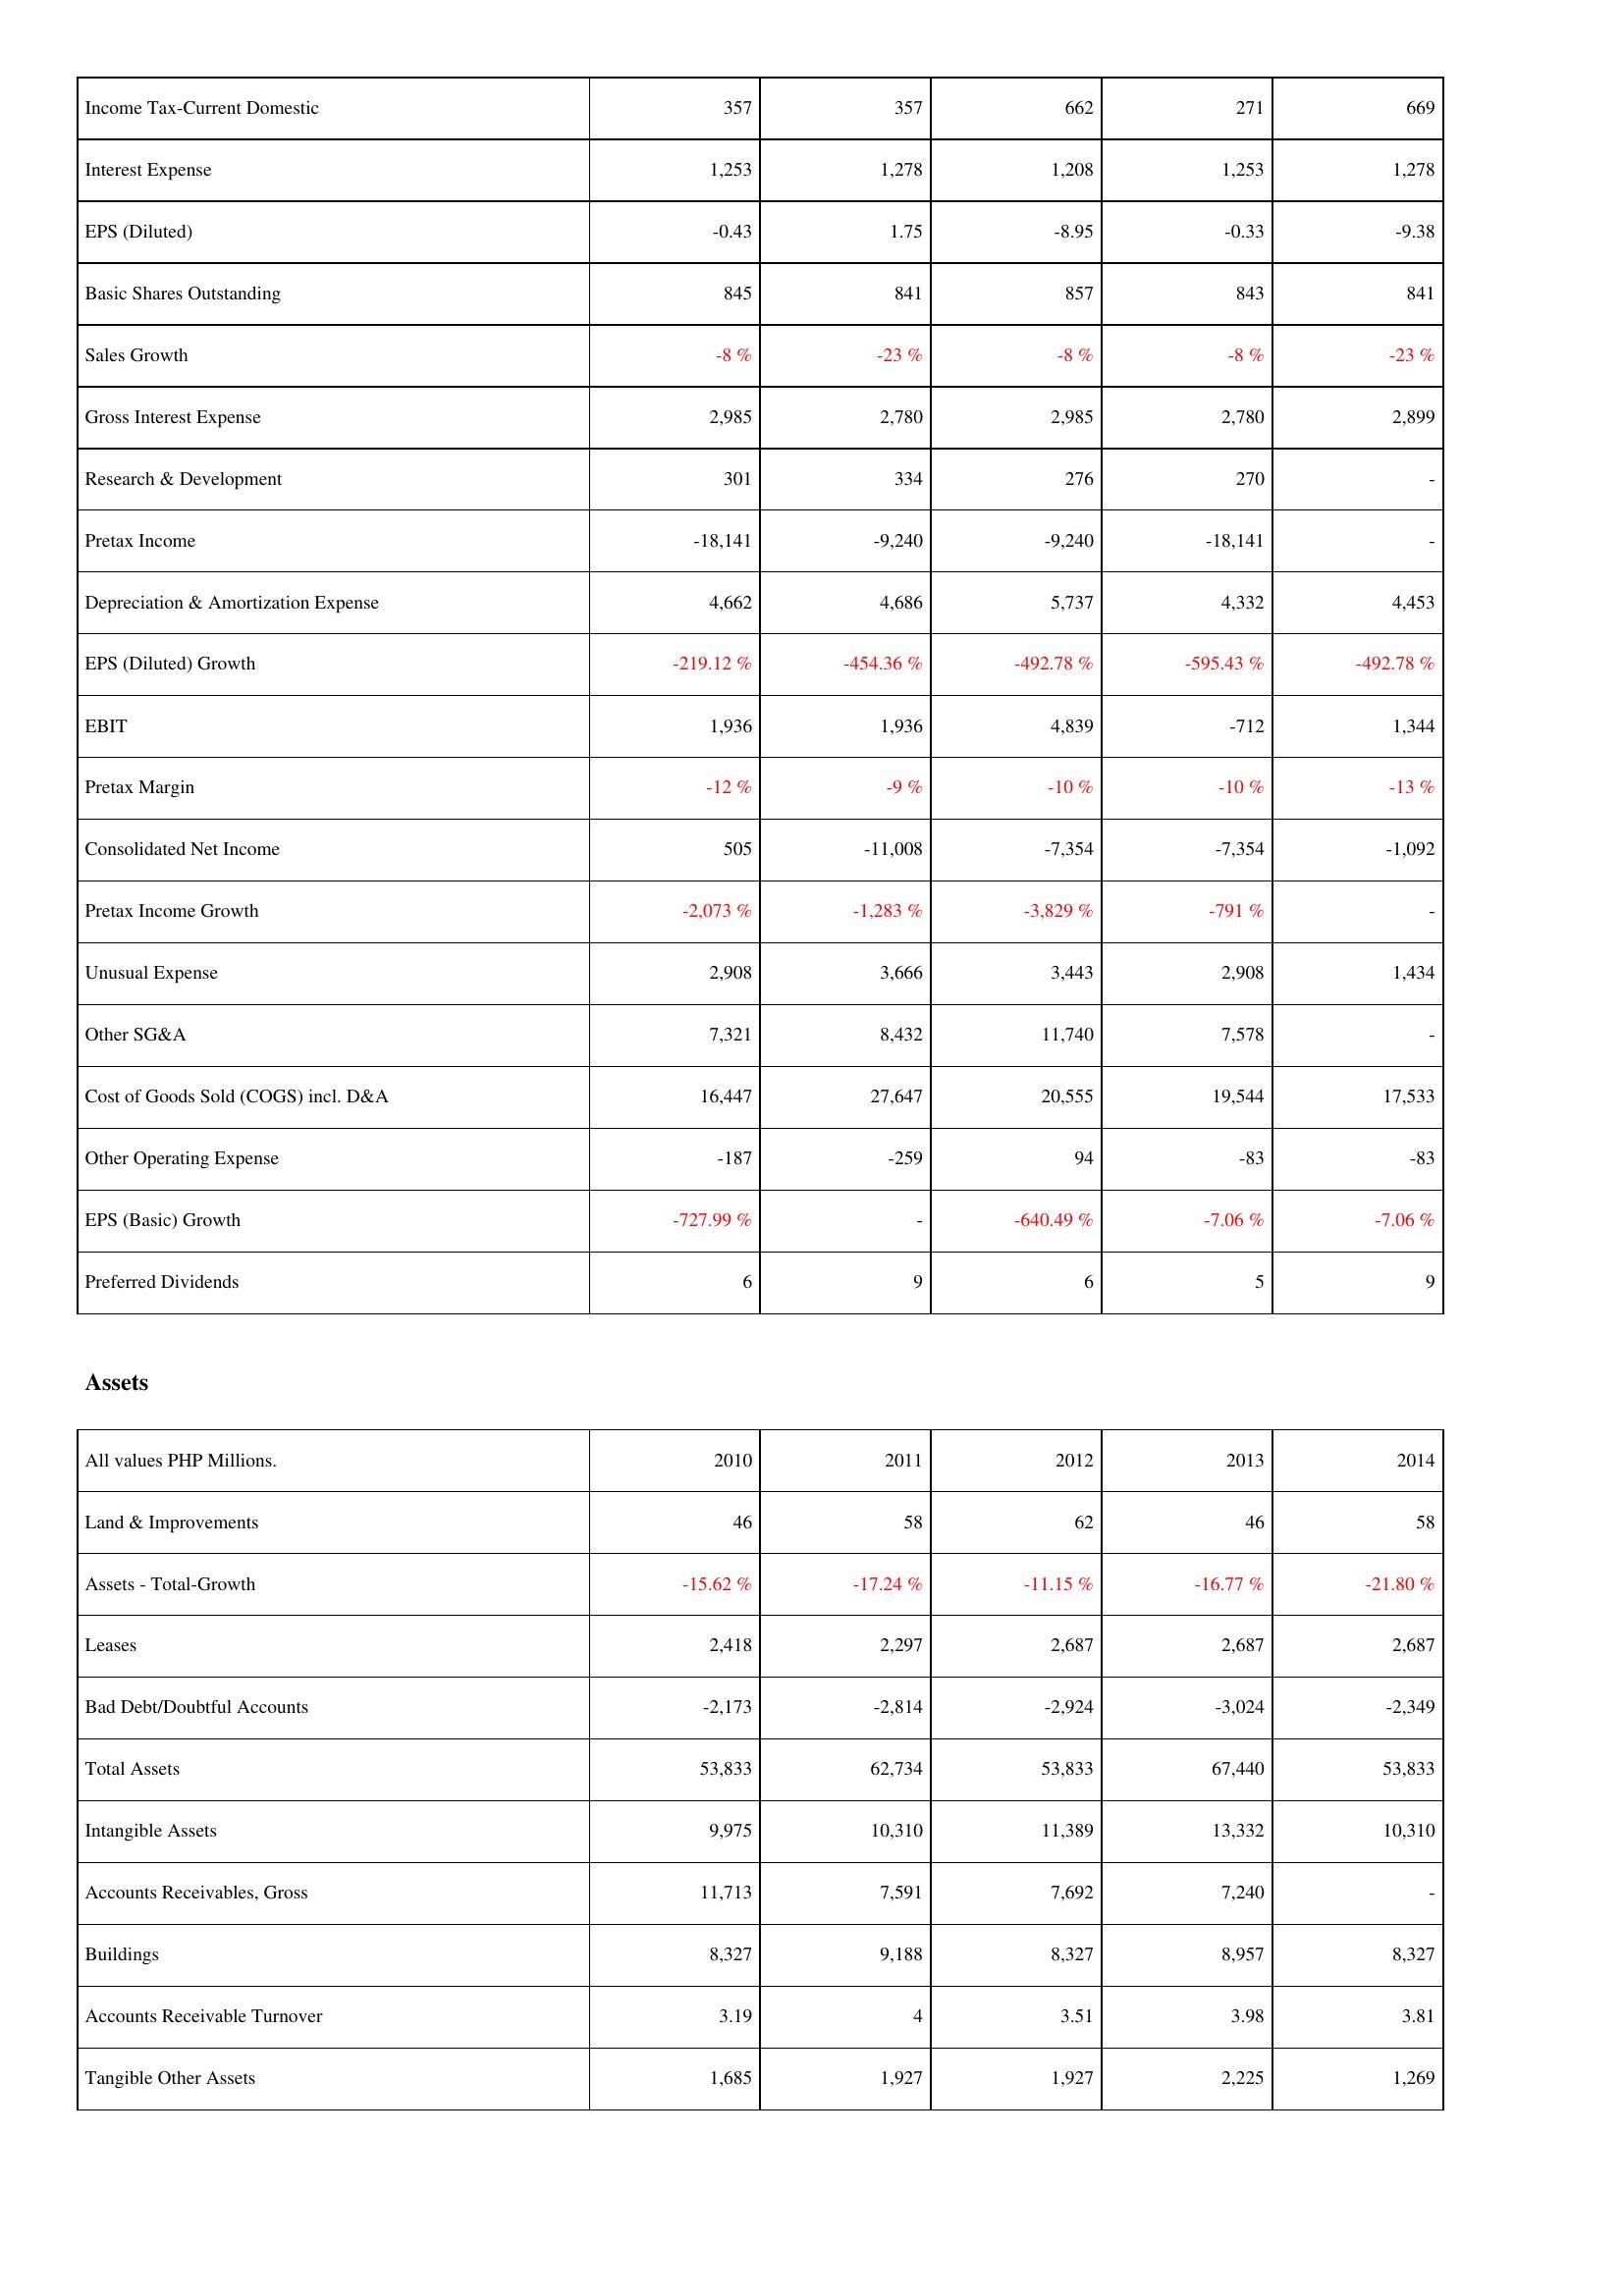
2010: Income Statement: Income Tax-Current Domestic: 357
Interest Expense: 1,253
EPS (Diluted): -0.43
Basic Shares Outstanding: 845
Sales Growth: -8 %
Gross Interest Expense: 2,985
Research & Development: 301
Pretax Income: -18,141
Depreciation & Amortization Expense: 4,662
EPS (Diluted) Growth: -219.12 %
EBIT: 1,936
Pretax Margin: -12 %
Consolidated Net Income: 505
Pretax Income Growth: -2,073 %
Unusual Expense: 2,908
Other SG&A: 7,321
Cost of Goods Sold (COGS) incl. D&A: 16,447
Other Operating Expense: -187
EPS (Basic) Growth: -727.99 %
Preferred Dividends: 6
Assets: Land & Improvements: 46
Assets - Total-Growth: -15.62 %
Leases: 2,418
Bad Debt/Doubtful Accounts: -2,173
Total Assets: 53,833
Intangible Assets: 9,975
Accounts Receivables, Gross: 11,713
Buildings: 8,327
Accounts Receivable Turnover: 3.19
Tangible Other Assets: 1,685
2011: Income Statement: Income Tax-Current Domestic: 357
Interest Expense: 1,278
EPS (Diluted): 1.75
Basic Shares Outstanding: 841
Sales Growth: -23 %
Gross Interest Expense: 2,780
Research & Development: 334
Pretax Income: -9,240
Depreciation & Amortization Expense: 4,686
EPS (Diluted) Growth: -454.36 %
EBIT: 1,936
Pretax Margin: -9 %
Consolidated Net Income: -11,008
Pretax Income Growth: -1,283 %
Unusual Expense: 3,666
Other SG&A: 8,432
Cost of Goods Sold (COGS) incl. D&A: 27,647
Other Operating Expense: -259
EPS (Basic) Growth: -
Preferred Dividends: 9
Assets: Land & Improvements: 58
Assets - Total-Growth: -17.24 %
Leases: 2,297
Bad Debt/Doubtful Accounts: -2,814
Total Assets: 62,734
Intangible Assets: 10,310
Accounts Receivables, Gross: 7,591
Buildings: 9,188
Accounts Receivable Turnover: 4
Tangible Other Assets: 1,927
2012: Income Statement: Income Tax-Current Domestic: 662
Interest Expense: 1,208
EPS (Diluted): -8.95
Basic Shares Outstanding: 857
Sales Growth: -8 %
Gross Interest Expense: 2,985
Research & Development: 276
Pretax Income: -9,240
Depreciation & Amortization Expense: 5,737
EPS (Diluted) Growth: -492.78 %
EBIT: 4,839
Pretax Margin: -10 %
Consolidated Net Income: -7,354
Pretax Income Growth: -3,829 %
Unusual Expense: 3,443
Other SG&A: 11,740
Cost of Goods Sold (COGS) incl. D&A: 20,555
Other Operating Expense: 94
EPS (Basic) Growth: -640.49 %
Preferred Dividends: 6
Assets: Land & Improvements: 62
Assets - Total-Growth: -11.15 %
Leases: 2,687
Bad Debt/Doubtful Accounts: -2,924
Total Assets: 53,833
Intangible Assets: 11,389
Accounts Receivables, Gross: 7,692
Buildings: 8,327
Accounts Receivable Turnover: 3.51
Tangible Other Assets: 1,927
2013: Income Statement: Income Tax-Current Domestic: 271
Interest Expense: 1,253
EPS (Diluted): -0.33
Basic Shares Outstanding: 843
Sales Growth: -8 %
Gross Interest Expense: 2,780
Research & Development: 270
Pretax Income: -18,141
Depreciation & Amortization Expense: 4,332
EPS (Diluted) Growth: -595.43 %
EBIT: -712
Pretax Margin: -10 %
Consolidated Net Income: -7,354
Pretax Income Growth: -791 %
Unusual Expense: 2,908
Other SG&A: 7,578
Cost of Goods Sold (COGS) incl. D&A: 19,544
Other Operating Expense: -83
EPS (Basic) Growth: -7.06 %
Preferred Dividends: 5
Assets: Land & Improvements: 46
Assets - Total-Growth: -16.77 %
Leases: 2,687
Bad Debt/Doubtful Accounts: -3,024
Total Assets: 67,440
Intangible Assets: 13,332
Accounts Receivables, Gross: 7,240
Buildings: 8,957
Accounts Receivable Turnover: 3.98
Tangible Other Assets: 2,225
2014: Income Statement: Income Tax-Current Domestic: 669
Interest Expense: 1,278
EPS (Diluted): -9.38
Basic Shares Outstanding: 841
Sales Growth: -23 %
Gross Interest Expense: 2,899
Research & Development: -
Pretax Income: -
Depreciation & Amortization Expense: 4,453
EPS (Diluted) Growth: -492.78 %
EBIT: 1,344
Pretax Margin: -13 %
Consolidated Net Income: -1,092
Pretax Income Growth: -
Unusual Expense: 1,434
Other SG&A: -
Cost of Goods Sold (COGS) incl. D&A: 17,533
Other Operating Expense: -83
EPS (Basic) Growth: -7.06 %
Preferred Dividends: 9
Assets: Land & Improvements: 58
Assets - Total-Growth: -21.80 %
Leases: 2,687
Bad Debt/Doubtful Accounts: -2,349
Total Assets: 53,833
Intangible Assets: 10,310
Accounts Receivables, Gross: -
Buildings: 8,327
Accounts Receivable Turnover: 3.81
Tangible Other Assets: 1,269